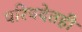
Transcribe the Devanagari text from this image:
परिषदेतही